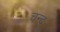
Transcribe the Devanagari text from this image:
चन्द्